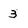
Character: 3